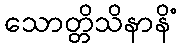
သောတ္တိသိနာနိံ